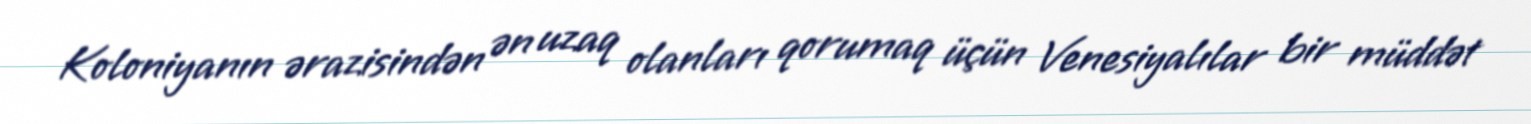
Koloniyanın ərazisindən ən uzaq olanları qorumaq üçün Venesiyalılar bir müddət